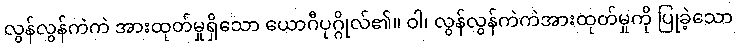
လွန်လွန်ကဲကဲ အားထုတ်မှုရှိသော ယောဂီပုဂ္ဂိုလ်၏။ ဝါ၊ လွန်လွန်ကဲကဲအားထုတ်မှုကို ပြုခဲ့သော